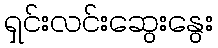
ရှင်းလင်းဆွေးနွေး